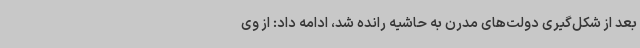
بعد از شکل‌گیری دولت‌های مدرن به حاشیه رانده شد، ادامه داد: از وی